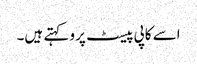
اسے کاپی پیسٹ پرو کہتے ہیں۔